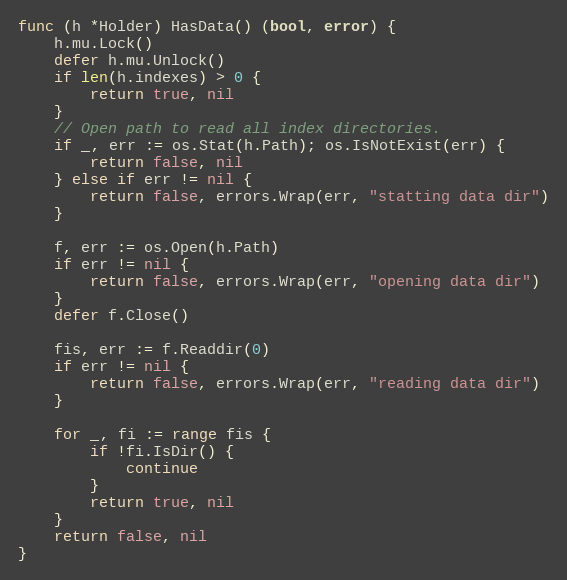
Language: Go
func (h *Holder) HasData() (bool, error) {
	h.mu.Lock()
	defer h.mu.Unlock()
	if len(h.indexes) > 0 {
		return true, nil
	}
	// Open path to read all index directories.
	if _, err := os.Stat(h.Path); os.IsNotExist(err) {
		return false, nil
	} else if err != nil {
		return false, errors.Wrap(err, "statting data dir")
	}

	f, err := os.Open(h.Path)
	if err != nil {
		return false, errors.Wrap(err, "opening data dir")
	}
	defer f.Close()

	fis, err := f.Readdir(0)
	if err != nil {
		return false, errors.Wrap(err, "reading data dir")
	}

	for _, fi := range fis {
		if !fi.IsDir() {
			continue
		}
		return true, nil
	}
	return false, nil
}